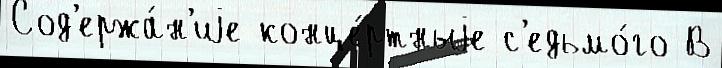
Сод'ержа́н'иjе конце́ртныjе с'едьмо́го В